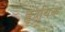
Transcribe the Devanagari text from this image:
हृदयिक